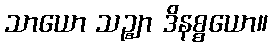
သာယော သဉ္ဈာ ဒိနစ္စယော။